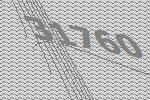
31760